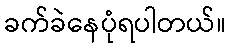
ခက်ခဲနေပုံရပါတယ်။